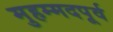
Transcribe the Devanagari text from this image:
मुहम्मदपूर्व